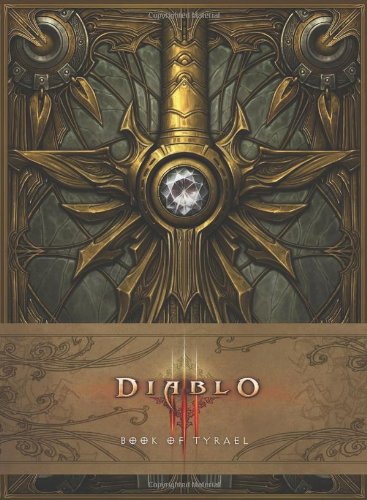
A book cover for Diablo III: Book of Tyrael; Tyrael; Humor & Entertainment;